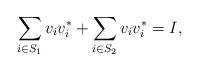
LaTeX: \begin{align*} \sum_{i \in S_{1}} v_{i} v_{i}^{*} + \sum_{i \in S_{2}} v_{i} v_{i}^{*} = I,\end{align*}